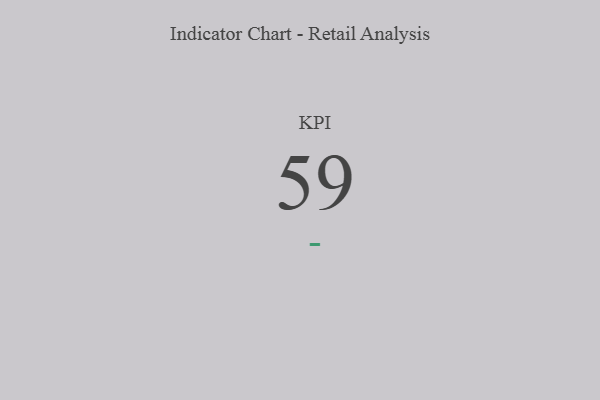
{"axis": {"x": "KPI", "y": "Value"}, "legend": [""], "data": [{"x": "KPI", "y": 59, "type": ""}]}